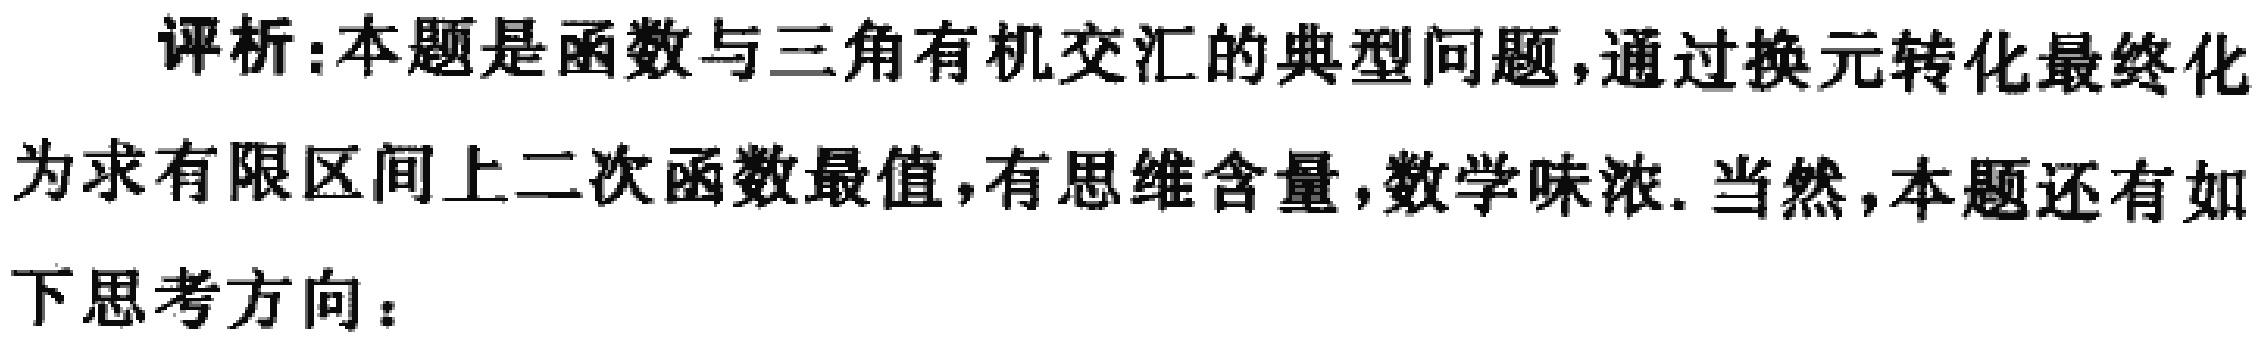
评析:本题是函数与三角有机交汇的典型问题,通过换元转化最终化为求有限区间上二次函数最值,有思维含量,数学味浓.当然,本题还有如下思考方向：